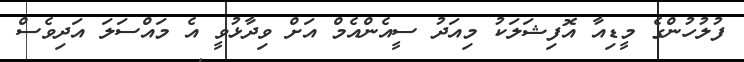
ފުލުހުންގެ މީޑިއާ އޮފިޝަލަކު މިއަދު ސީއެންއެމް އަށް ވިދާޅުވީ އެ މައްސަލަ އަދިވެސް